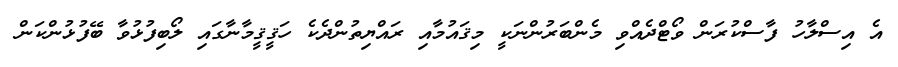
އެ އިސްލާހު ފާސްކުރަން ވޯޓްދެއްވި މެންބަރުންނަކީ މިޤައުމާއި ރައްޔިތުންދެކެ ހަޤީޤީމާނާގައި ލޯބިފުޅުވާ ބޭފުޅުންކަން